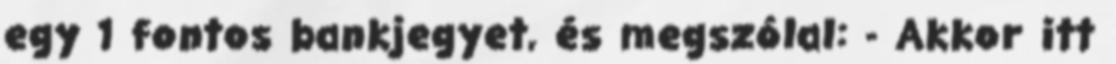
egy 1 fontos bankjegyet, és megszólal: - Akkor itt